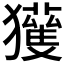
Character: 𱮭